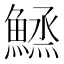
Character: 𱆼